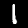
Digit: 1